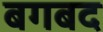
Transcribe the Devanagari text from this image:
बगबद